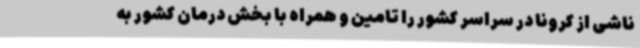
ناشی از کرونا در سراسر کشور را تامین و همراه با بخش درمان کشور به